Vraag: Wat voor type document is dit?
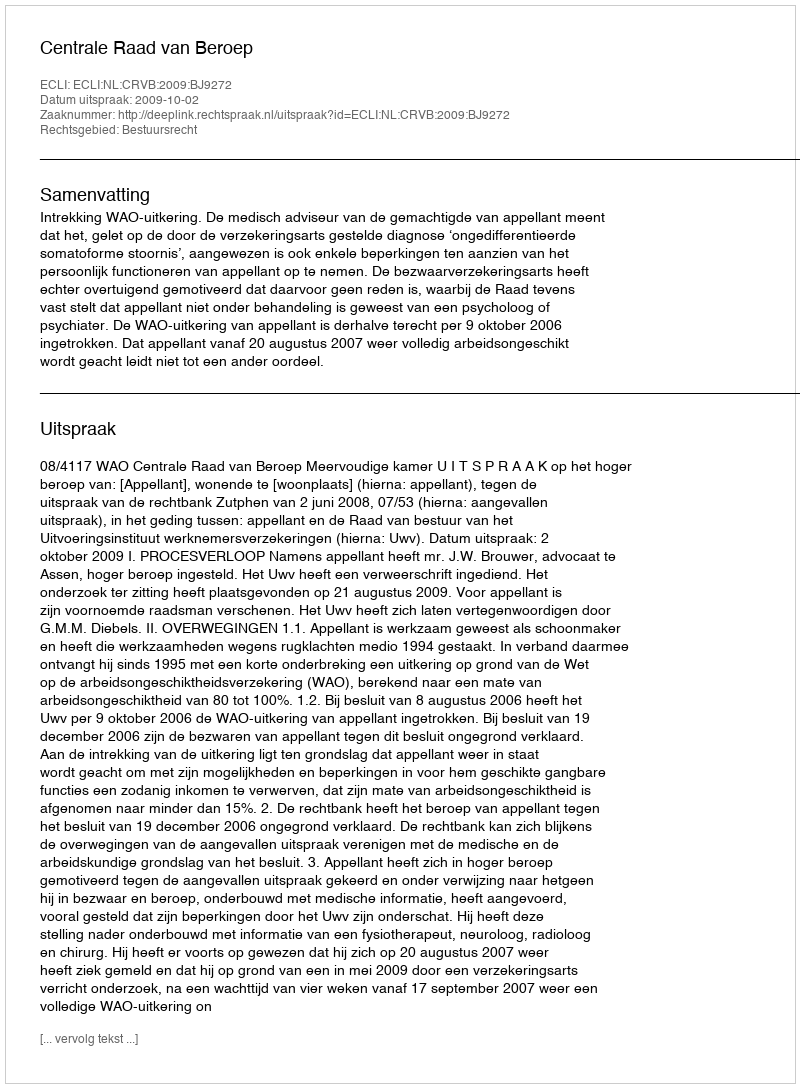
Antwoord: Uitspraak